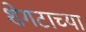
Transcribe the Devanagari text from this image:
शेगटाच्या